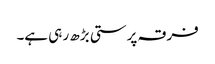
فرقہ پرستی بڑھ ر ہی ہے۔